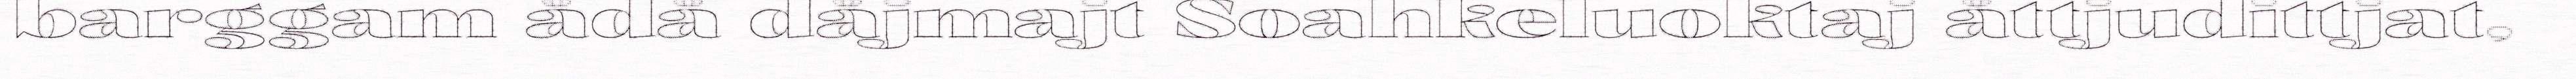
barggam ådå dåjmajt Soahkeluoktaj åttjudittjat,